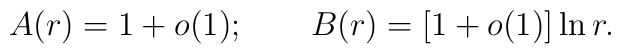
A(r)=1+o(1);\qquad B(r)=[1 +o(1)]\ln r.